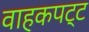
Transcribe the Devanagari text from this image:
वाहकपट्ट